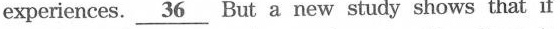
experiences.\underline{36} But a new study shows that if